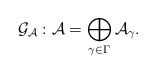
\begin{align*}\mathcal{G}_{\mathcal{A}}:\mathcal{A}=\bigoplus _{\gamma\in \Gamma}\mathcal{A}_{\gamma}.\end{align*}